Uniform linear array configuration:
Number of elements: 16
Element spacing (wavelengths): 0.75
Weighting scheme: hann
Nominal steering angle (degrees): -15
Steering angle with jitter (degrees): -13.877
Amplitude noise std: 0.05
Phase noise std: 0.05

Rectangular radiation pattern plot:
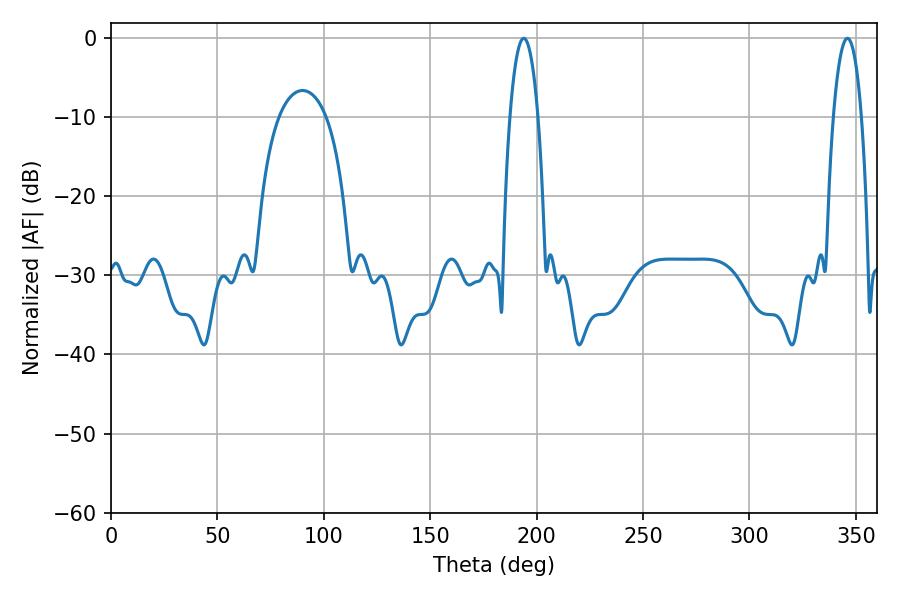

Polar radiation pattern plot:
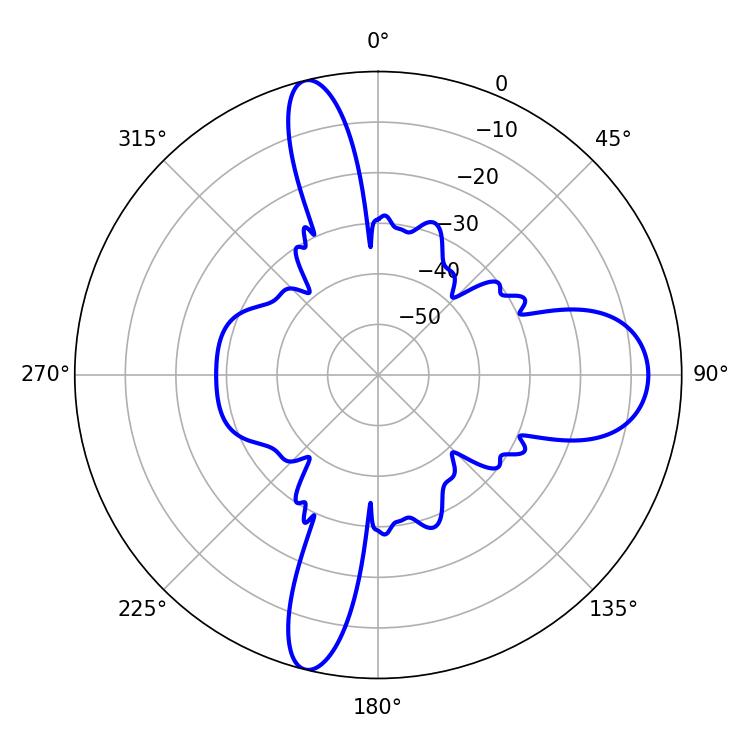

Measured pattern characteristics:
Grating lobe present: TRUE
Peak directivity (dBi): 21.726
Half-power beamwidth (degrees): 7.38
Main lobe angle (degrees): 345.96